Leaving Certificate Examination (including Day School Certificate (Higher) General paper), 1936
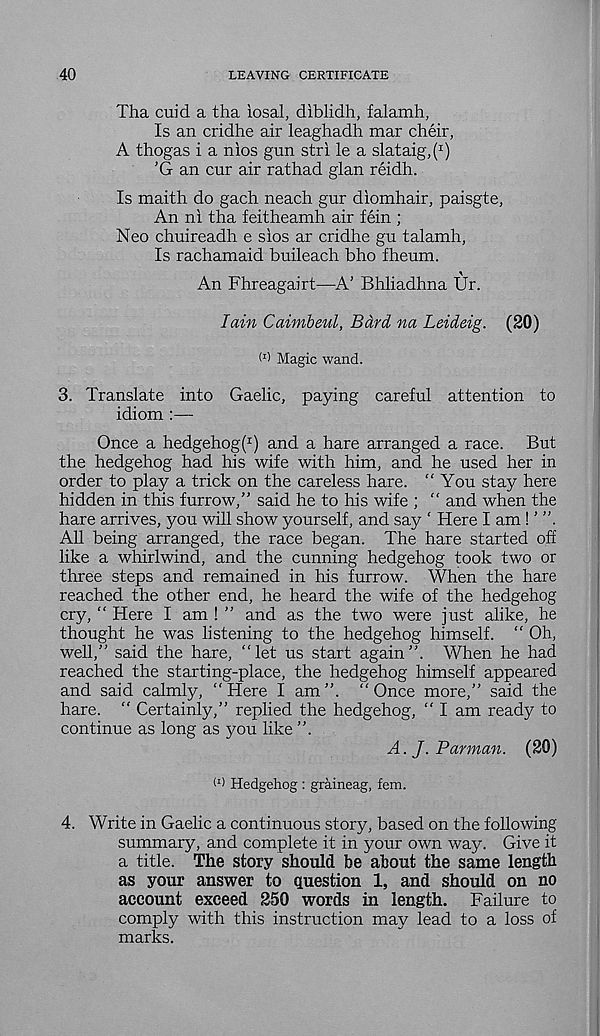
40
LEAVING CERTIFICATE
Tha cuid a tha iosal, diblidh, falamh,
Is an cridhe air leaghadh mar cheir,
A thogas i a nios gun stri le a slataig,^)
’G an cur air rathad glan reidh.
Is maith do gach neach gur diomhair, paisgte,
An ni tha feitheamh air fein ;
Neo chuireadh e sios ar cridhe gu talamh,
Is rachamaid buileach bho fheum.
An Fhreagairt—A’ Bhliadhna Ur.
Iain Caimbeul, Bard na Leideig. (20)
I 1 ) Magic wand.
3. Translate into Gaelic, paying careful attention to
idiom :—
Once a hedgehog^) and a hare arranged a race. But
the hedgehog had his wife with him, and he used her in
order to play a trick on the careless hare. “You stay here
hidden in this furrow,” said he to his wife ; “ and when the
hare arrives, you will show yourself, and say ' Here I am ! ”'.
All being arranged, the race began. The hare started off
like a whirlwind, and the cunning hedgehog took two or
three steps and remained in his furrow. When the hare
reached the other end, he heard the wife of the hedgehog
cry, “ Here I am ! ” and as the two were just alike, he
thought he was listening to the hedgehog himself. “ Oh,
well,” said the hare, “let us start again”. When he had
reached the starting-place, the hedgehog himself appeared
and said calmly, “Here I am”. “Once more,” said the
hare. “ Certainly,” replied the hedgehog, “ I am ready to
continue as long as you like ”.
A. J. Barman. (20)
I 1 ) Hedgehog : graineag, fem.
4. Write in Gaelic a continuous story, based on the following
summary, and complete it in your own way. Give it
a title. The story should be about the same length
as your answer to question 1, and should on no
account exceed 250 words in length. Failure to
comply with this instruction may lead to a loss of
marks.